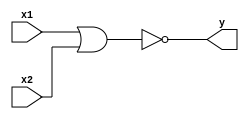
module nor2(x1, x2, y);
    input   x1, x2;
    output  y;

    assign y = ~(x1 | x2);
endmodule